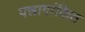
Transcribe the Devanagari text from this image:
पन्नागांकित